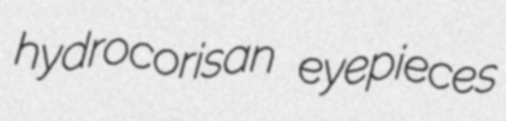
hydrocorisan eyepieces